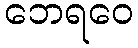
ဘေရဝေ